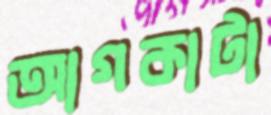
আগকাটা